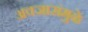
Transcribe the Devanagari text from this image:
अवजारांमुळे